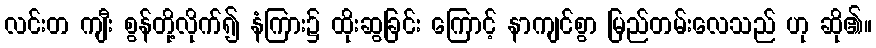
လင်းတ ကျီး စွန်တို့လိုက်၍ နံကြား၌ ထိုးဆွခြင်း ကြောင့် နာကျင်စွာ မြည်တမ်းလေသည် ဟု ဆို၏။